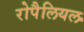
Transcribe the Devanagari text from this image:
रोपैलियल